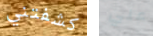
كشفتني علي